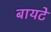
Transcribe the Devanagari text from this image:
बायटे